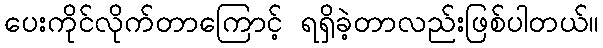
ပေးကိုင်လိုက်တာကြောင့် ရရှိခဲ့တာလည်းဖြစ်ပါတယ်။